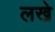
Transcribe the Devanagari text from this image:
लखे